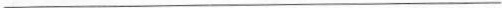
___